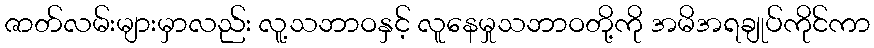
ဇာတ်လမ်းများမှာလည်း လူ့သဘာဝနှင့် လူနေမှုသဘာဝတို့ကို အမိအရချုပ်ကိုင်ကာ